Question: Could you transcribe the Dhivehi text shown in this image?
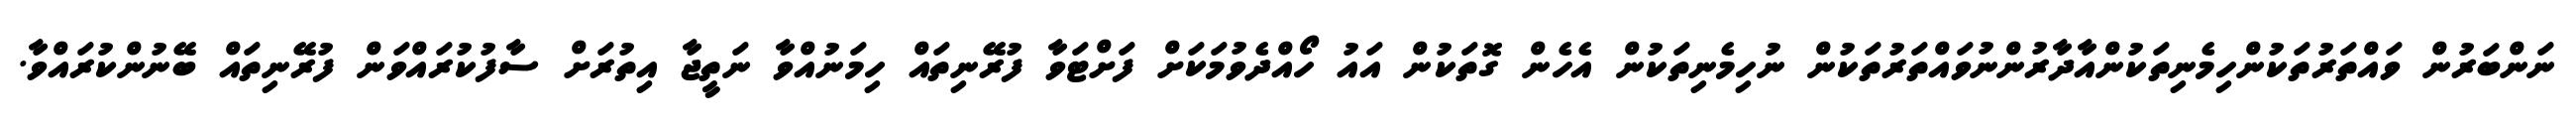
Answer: ނަންބަރުން ވައްތަރުތަކުންހިމެނިތަކުންއާދާރުންނުވައްތަރުތަކުން ނުހިމެނިތަކުން އެހެން ގޮތަކުން އައު ހޯއްދެވުމަކަށް ފަށްޓަވާ ފުރޭނިތައް ހިމަނުއްވާ ނަތީޖާ އިތުރަށް ސާފުކުރައްވަން ފުރޭނިތައް ބޭނުންކުރައްވާ.